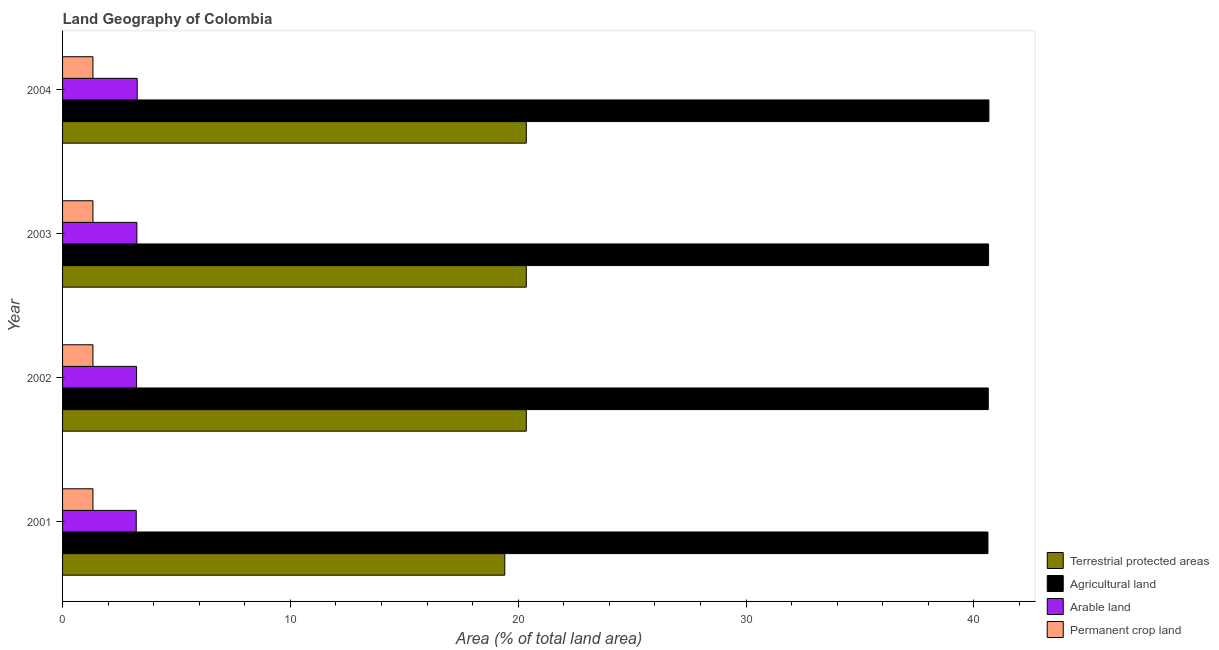
| Year | Terrestrial protected areas | Agricultural land | Arable land | Permanent crop land |
 | --- | --- | --- | --- | --- |
 | 2001 | 19.4 | 40.6 | 3.23 | 1.33 |
 | 2002 | 20.4 | 40.6 | 3.25 | 1.33 |
 | 2003 | 20.4 | 40.6 | 3.26 | 1.33 |
 | 2004 | 20.4 | 40.7 | 3.28 | 1.33 |